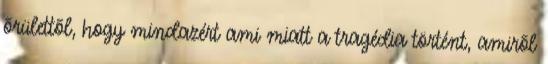
õrülettõl, hogy mindazért ami miatt a tragédia történt, amirõl